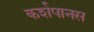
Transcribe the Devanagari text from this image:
कर्शपानस